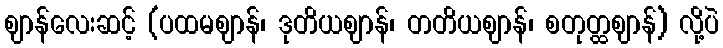
ဈာန်လေးဆင့် (ပထမဈာန်၊ ဒုတိယဈာန်၊ တတိယဈာန်၊ စတုတ္ထဈာန်) လို့ပဲ